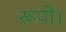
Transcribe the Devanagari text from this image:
रूपी।